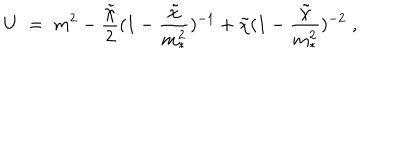
U \; = \; m ^ { 2 } - \frac { { \tilde { \chi } } } { 2 } ( 1 - \frac { { \tilde { \chi } } } { m _ { * } ^ { 2 } } ) ^ { - 1 } + { \tilde { \chi } } ( 1 - \frac { { \tilde { \chi } } } { m _ { * } ^ { 2 } } ) ^ { - 2 } \; ,